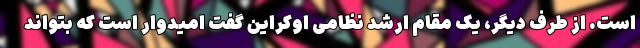
است. از طرف دیگر، یک مقام ارشد نظامی اوکراین گفت امیدوار است که بتواند